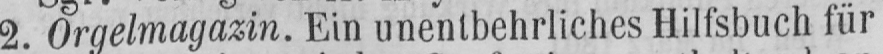
2. Orgelmagazin. Ein unentbehrliches Hilfsbuch für